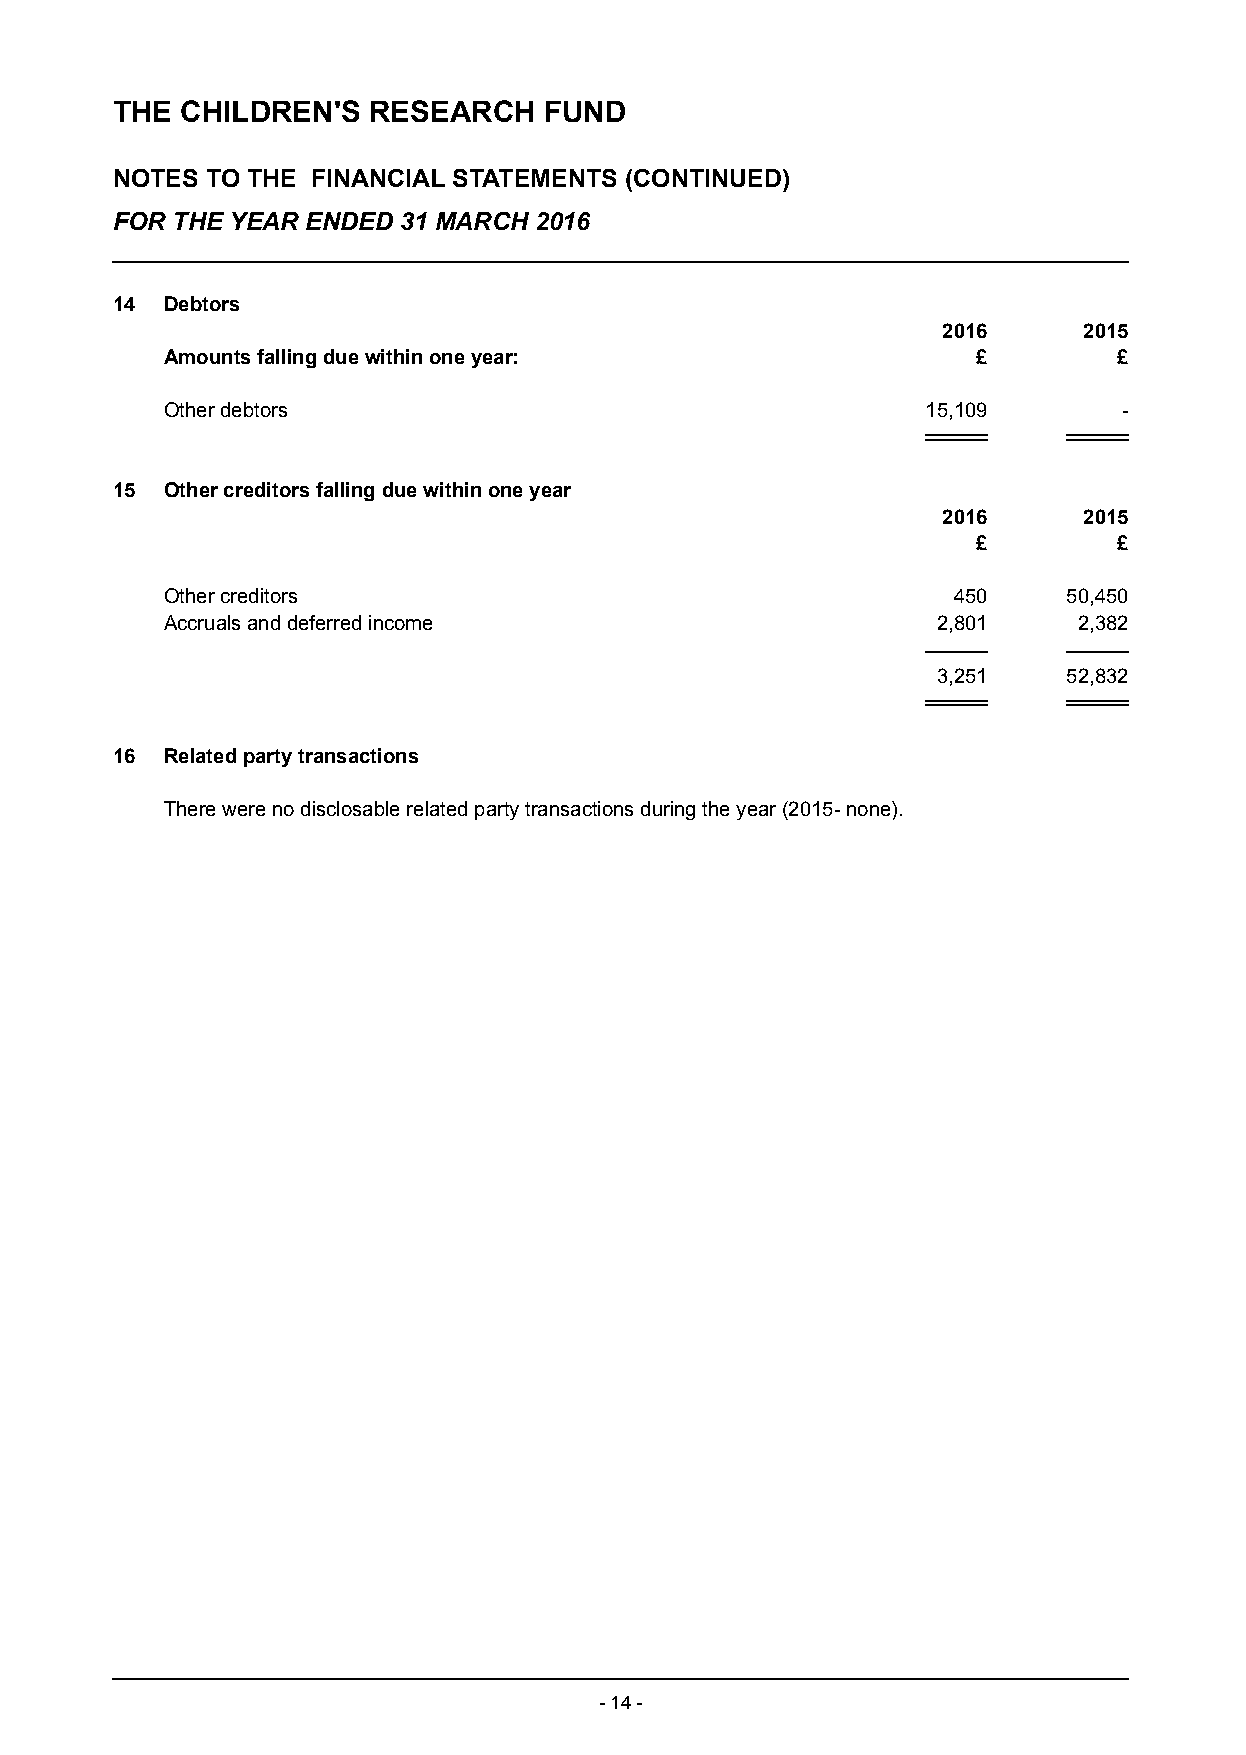
THE  CHILDREN'S  RESEARCH    FUND
 NOTES  TO THE FINANCIAL STATEMENTS (CONTINUED)
 FOR THE YEAR ENDED 31 MARCH 2016
 14  Debtors
 2016      2015
 Amounts falling due within one year:                  £        £
 Other debtors                                     15,109       -
 15  Other creditors falling due within one year
 2016      2015
 £        £
 Other creditors                                     450     50,450
 Accruals and deferred income                       2,801    2,382
 3,251    52,832
 16  Related party transactions
 There were no disclosable related party transactions during the year (2015- none).
 - 14 -